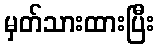
မှတ်သားထားပြီး